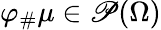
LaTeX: \varphi_{\# }\mu\in\mathscr{P}(\Omega)